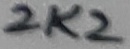
Text: 2K2